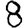
Digit: 8